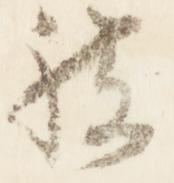
被